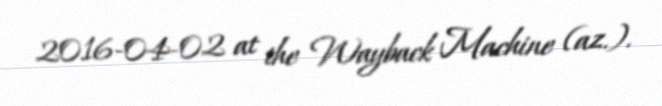
2016-04-02 at the Wayback Machine (az.).